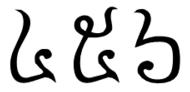
៤ ៥ ៦